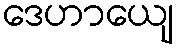
ဒေဟာယျေ